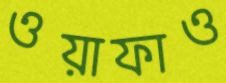
ওয়াফাও